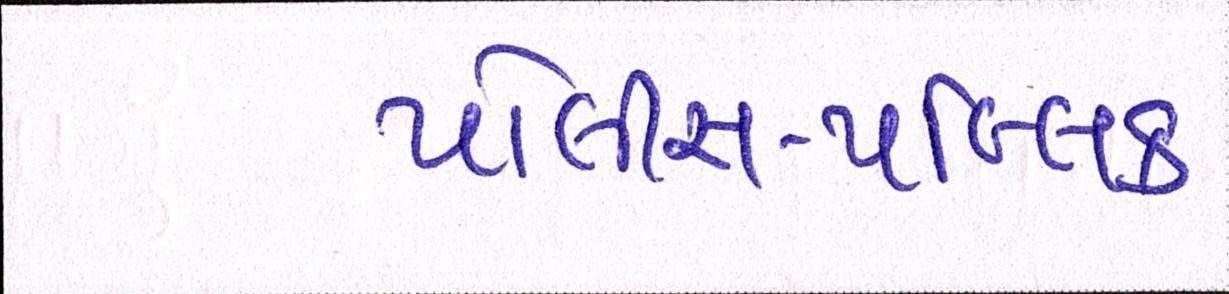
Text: પોલીસ-પબ્લિક